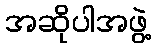
အဆိုပါအဖွဲ့